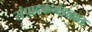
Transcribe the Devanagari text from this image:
संपादकमंडळात